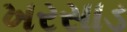
ખરસાડ